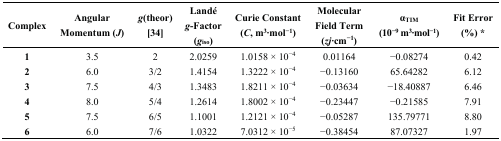
<table><thead><tr><td><b>Complex</b></td><td><b>Angular Momentum (<i>J</i>)</b></td><td><b><i>g</i>(theor) [34]</b></td><td><b>Landé <i>g</i>-Factor (<i>g</i><sub>iso</sub>)</b></td><td><b>Curie Constant (<i>C</i>, m<sup>3</sup>∙mol<sup>−1</sup>)</b></td><td><b>Molecular Field Term (<i>zj·</i>cm<sup>−1</sup>)</b></td><td><b>α<sub>TIM</sub> (10<sup>−9</sup> m<sup>3</sup>∙mol<sup>−1</sup>)</b></td><td><b>Fit Error (%) *</b></td></tr></thead><tbody><tr><td><b>1</b></td><td>3.5</td><td>2</td><td>2.0259</td><td>1.0158 × 10<sup>−4</sup></td><td>0.01164</td><td>−0.08274</td><td>0.42</td></tr><tr><td><b>2</b></td><td>6.0</td><td>3/2</td><td>1.4154</td><td>1.3222 × 10<sup>−4</sup></td><td>−0.13160</td><td>65.64282</td><td>6.12</td></tr><tr><td><b>3</b></td><td>7.5</td><td>4/3</td><td>1.3483</td><td>1.8211 × 10<sup>−4</sup></td><td>−0.03634</td><td>−18.40887</td><td>6.46</td></tr><tr><td><b>4</b></td><td>8.0</td><td>5/4</td><td>1.2614</td><td>1.8002 × 10<sup>−4</sup></td><td>−0.23447</td><td>−0.21585</td><td>7.91</td></tr><tr><td><b>5</b></td><td>7.5</td><td>6/5</td><td>1.1001</td><td>1.2121 × 10<sup>−4</sup></td><td>−0.05287</td><td>135.79771</td><td>8.80</td></tr><tr><td><b>6</b></td><td>6.0</td><td>7/6</td><td>1.0322</td><td>7.0312 × 10<sup>−5</sup></td><td>−0.38454</td><td>87.07327</td><td>1.97</td></tr></tbody></table>